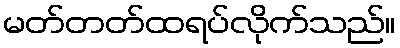
မတ်တတ်ထရပ်လိုက်သည်။